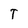
Character: T